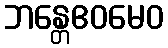
ဘန္တေဧဝမေဝ